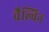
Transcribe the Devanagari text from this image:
चैल्विन